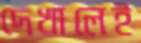
দেখালেই